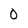
Character: 0